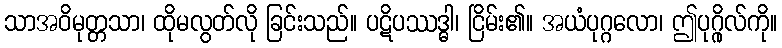
သာအဝိမုတ္တသာ၊ ထိုမလွတ်လို ခြင်းသည်။ ပဋိပဿဒ္ဓါ၊ ငြိမ်း၏။ အယံပုဂ္ဂလော၊ ဤပုဂ္ဂိုလ်ကို။